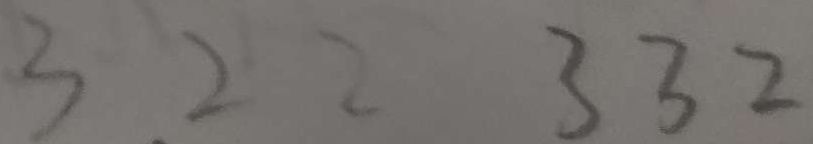
3 2 2 3 3 2